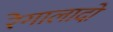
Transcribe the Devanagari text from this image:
रेगालादो